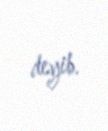
deyib.